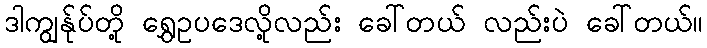
ဒါကျွန်ုပ်တို့ ရွှေဥပဒေလို့လည်း ခေါ်တယ် လည်းပဲ ခေါ်တယ်။